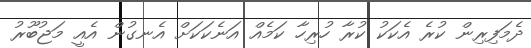
ދެމަފިރިން ކުރެ އެކަކު ކުރާ ހުރިހާ ކަމެއް އަނެކަކަށް އެނގުން އެއީ މަޖުބޫރު